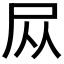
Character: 𪨊